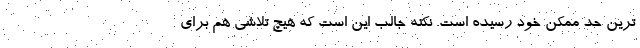
ترین حد ممکن خود رسیده است. نکته جالب این است که هیچ تلاشی هم برای